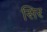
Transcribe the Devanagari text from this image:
सिर